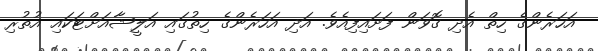
އަހަރެންގެ ހިތް އެދި ގޮވަން ފަށައިފިއެވެ. އަދި އަހަރެންގެ ހިތުގައި އަލީޝާއަށްޓަކައި އުތުރި